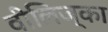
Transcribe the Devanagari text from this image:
वीलिज्का